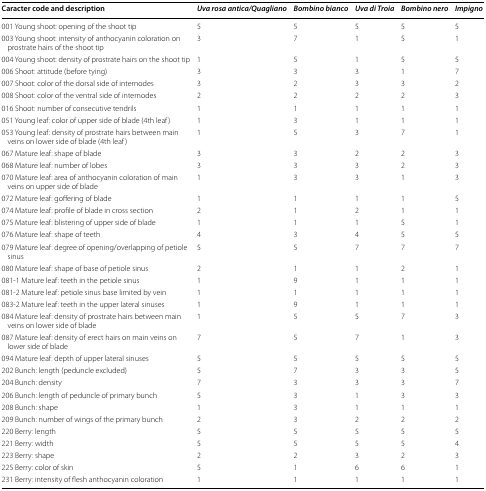
<table><thead><tr><td><b>Caracter code and description</b></td><td><b><i>Uva rosa antica/Quagliano</i></b></td><td><b><i>Bombino bianco</i></b></td><td><b><i>Uva di Troia</i></b></td><td><b><i>Bombino nero</i></b></td><td><b><i>Impigno</i></b></td></tr></thead><tbody><tr><td>001 Young shoot: opening of the shoot tip</td><td>5</td><td>5</td><td>5</td><td>5</td><td>5</td></tr><tr><td>003 Young shoot: intensity of anthocyanin coloration on prostrate hairs of the shoot tip</td><td>3</td><td>7</td><td>1</td><td>5</td><td>1</td></tr><tr><td>004 Young shoot: density of prostrate hairs on the shoot tip</td><td>1</td><td>5</td><td>1</td><td>5</td><td>5</td></tr><tr><td>006 Shoot: attitude (before tying)</td><td>3</td><td>3</td><td>3</td><td>1</td><td>7</td></tr><tr><td>007 Shoot: color of the dorsal side of internodes</td><td>3</td><td>2</td><td>3</td><td>3</td><td>2</td></tr><tr><td>008 Shoot: color of the ventral side of internodes</td><td>2</td><td>2</td><td>2</td><td>2</td><td>3</td></tr><tr><td>016 Shoot: number of consecutive tendrils</td><td>1</td><td>1</td><td>1</td><td>1</td><td>1</td></tr><tr><td>051 Young leaf: color of upper side of blade (4th leaf)</td><td>1</td><td>3</td><td>1</td><td>1</td><td>1</td></tr><tr><td>053 Young leaf: density of prostrate hairs between main veins on lower side of blade (4th leaf)</td><td>1</td><td>5</td><td>3</td><td>7</td><td>1</td></tr><tr><td>067 Mature leaf: shape of blade</td><td>3</td><td>3</td><td>2</td><td>2</td><td>3</td></tr><tr><td>068 Mature leaf: number of lobes</td><td>3</td><td>3</td><td>3</td><td>2</td><td>3</td></tr><tr><td>070 Mature leaf: area of anthocyanin coloration of main veins on upper side of blade</td><td>1</td><td>3</td><td>3</td><td>1</td><td>3</td></tr><tr><td>072 Mature leaf: goffering of blade</td><td>1</td><td>1</td><td>1</td><td>1</td><td>5</td></tr><tr><td>074 Mature leaf: profile of blade in cross section</td><td>2</td><td>1</td><td>2</td><td>1</td><td>1</td></tr><tr><td>075 Mature leaf: blistering of upper side of blade</td><td>1</td><td>1</td><td>1</td><td>5</td><td>1</td></tr><tr><td>076 Mature leaf: shape of teeth</td><td>4</td><td>3</td><td>4</td><td>5</td><td>5</td></tr><tr><td>079 Mature leaf: degree of opening/overlapping of petiole sinus</td><td>5</td><td>5</td><td>7</td><td>7</td><td>7</td></tr><tr><td>080 Mature leaf: shape of base of petiole sinus</td><td>2</td><td>1</td><td>1</td><td>2</td><td>1</td></tr><tr><td>081-1 Mature leaf: teeth in the petiole sinus</td><td>1</td><td>9</td><td>1</td><td>1</td><td>1</td></tr><tr><td>081-2 Mature leaf: petiole sinus base limited by vein</td><td>1</td><td>1</td><td>1</td><td>1</td><td>1</td></tr><tr><td>083-2 Mature leaf: teeth in the upper lateral sinuses</td><td>1</td><td>9</td><td>1</td><td>1</td><td>1</td></tr><tr><td>084 Mature leaf: density of prostrate hairs between main veins on lower side of blade</td><td>1</td><td>5</td><td>5</td><td>7</td><td>3</td></tr><tr><td>087 Mature leaf: density of erect hairs on main veins on lower side of blade</td><td>7</td><td>5</td><td>7</td><td>1</td><td>3</td></tr><tr><td>094 Mature leaf: depth of upper lateral sinuses</td><td>5</td><td>5</td><td>5</td><td>5</td><td>5</td></tr><tr><td>202 Bunch: length (peduncle excluded)</td><td>5</td><td>7</td><td>3</td><td>3</td><td>5</td></tr><tr><td>204 Bunch: density</td><td>7</td><td>3</td><td>3</td><td>3</td><td>7</td></tr><tr><td>206 Bunch: length of peduncle of primary bunch</td><td>5</td><td>3</td><td>1</td><td>3</td><td>3</td></tr><tr><td>208 Bunch: shape</td><td>1</td><td>3</td><td>1</td><td>1</td><td>1</td></tr><tr><td>209 Bunch: number of wings of the primary bunch</td><td>2</td><td>3</td><td>2</td><td>2</td><td>2</td></tr><tr><td>220 Berry: length</td><td>5</td><td>5</td><td>5</td><td>5</td><td>5</td></tr><tr><td>221 Berry: width</td><td>5</td><td>5</td><td>5</td><td>5</td><td>4</td></tr><tr><td>223 Berry: shape</td><td>2</td><td>2</td><td>3</td><td>2</td><td>3</td></tr><tr><td>225 Berry: color of skin</td><td>5</td><td>1</td><td>6</td><td>6</td><td>1</td></tr><tr><td>231 Berry: intensity of flesh anthocyanin coloration</td><td>1</td><td>1</td><td>1</td><td>1</td><td>1</td></tr></tbody></table>